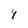
Character: Y